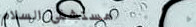
مستشفى السلام